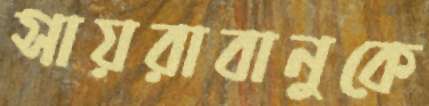
সায়রাবানুকে